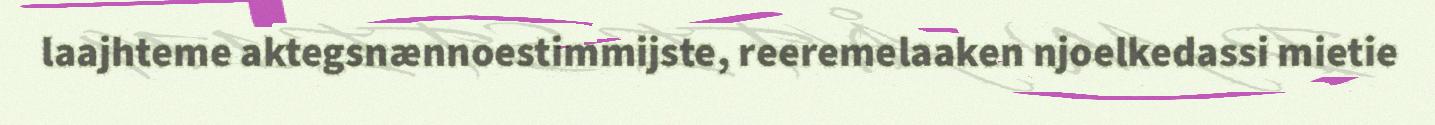
laajhteme aktegsnænnoestimmijste, reeremelaaken njoelkedassi mietie